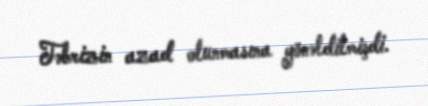
Təbrizin azad olunmasına yönəldilmişdi.